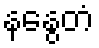
နနွေတံ